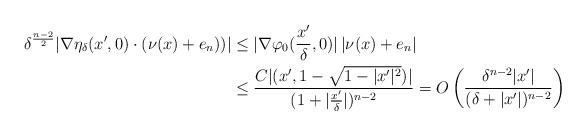
LaTeX: \begin{align*}\delta^{\frac{n-2}{2}}| \nabla \eta_\delta(x',0)\cdot (\nu(x)+e_n))| &\leq |\nabla \varphi_0(\frac{x'}{\delta},0)| \, |\nu(x)+e_n| \\& \leq \frac{C|(x',1-\sqrt{1-|x'|^2})|}{(1+|\frac{x'}{\delta}|)^{n-2}}=O\left(\frac{\delta^{n-2}|x'|}{(\delta+|x'|)^{n-2}}\right) \end{align*}